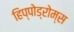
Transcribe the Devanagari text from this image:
हिप्पोड्रोम्स